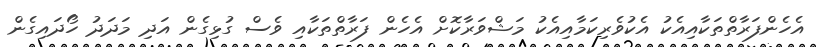
އެހެންފަރާތްތަކާއިއެކު އެކުވެރިކަމާއިއެކު މަޝްވަރާކޮށް އެހެން ފަރާތްތަކާއި ވެސް ގުޅިގެން އަދި މަދަދު ހޯދައިގެން